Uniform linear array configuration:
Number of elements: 64
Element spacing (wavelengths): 0.5
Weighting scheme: cosine
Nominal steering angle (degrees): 30
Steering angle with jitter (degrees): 28.406
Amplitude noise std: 0.05
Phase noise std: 0.05

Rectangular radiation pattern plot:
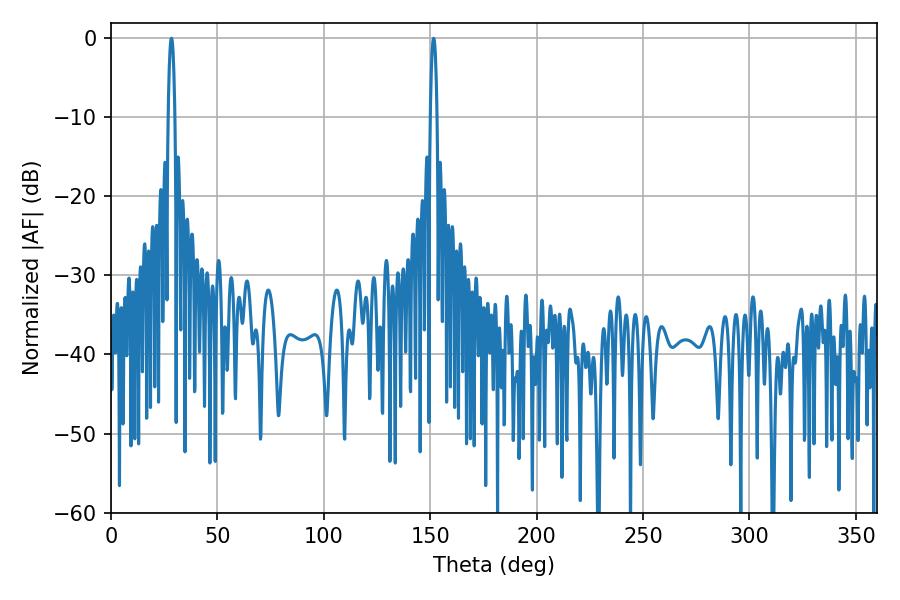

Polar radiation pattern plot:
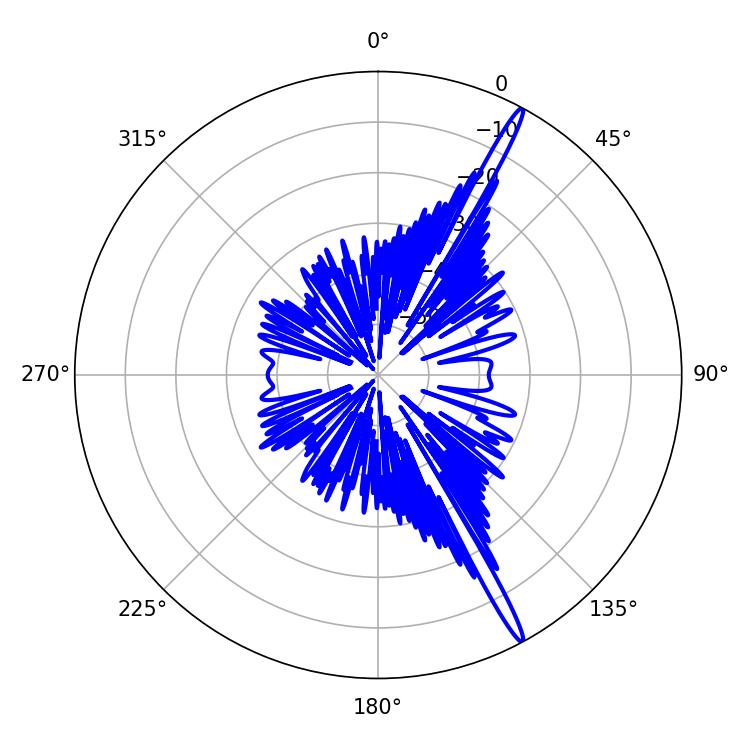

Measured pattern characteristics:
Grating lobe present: FALSE
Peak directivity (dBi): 17.679
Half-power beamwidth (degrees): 1.8
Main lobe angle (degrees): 151.56